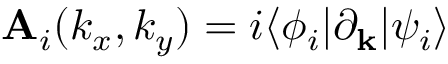
\mathbf { A } _ { i } ( k _ { x } , k _ { y } ) = i \langle \phi _ { i } | \partial _ { \mathbf { k } } | \psi _ { i } \rangle